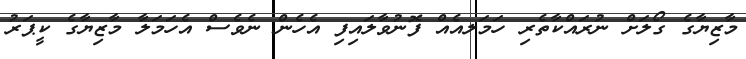
މާޒިޔާގެ ގޯލަށް ނުރައްކާތެރި ހަމަލއެއް ފޮނުވާލައިފި އެހެން ނެވެސް އެހަމަލާ މާޒިޔާގެ ކީޕަރު